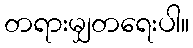
တရားမျှတရေးပါ။